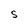
Character: S